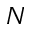
N